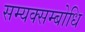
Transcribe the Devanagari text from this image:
सम्यक्सम्बोधि